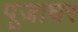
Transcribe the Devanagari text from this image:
पूजाघर